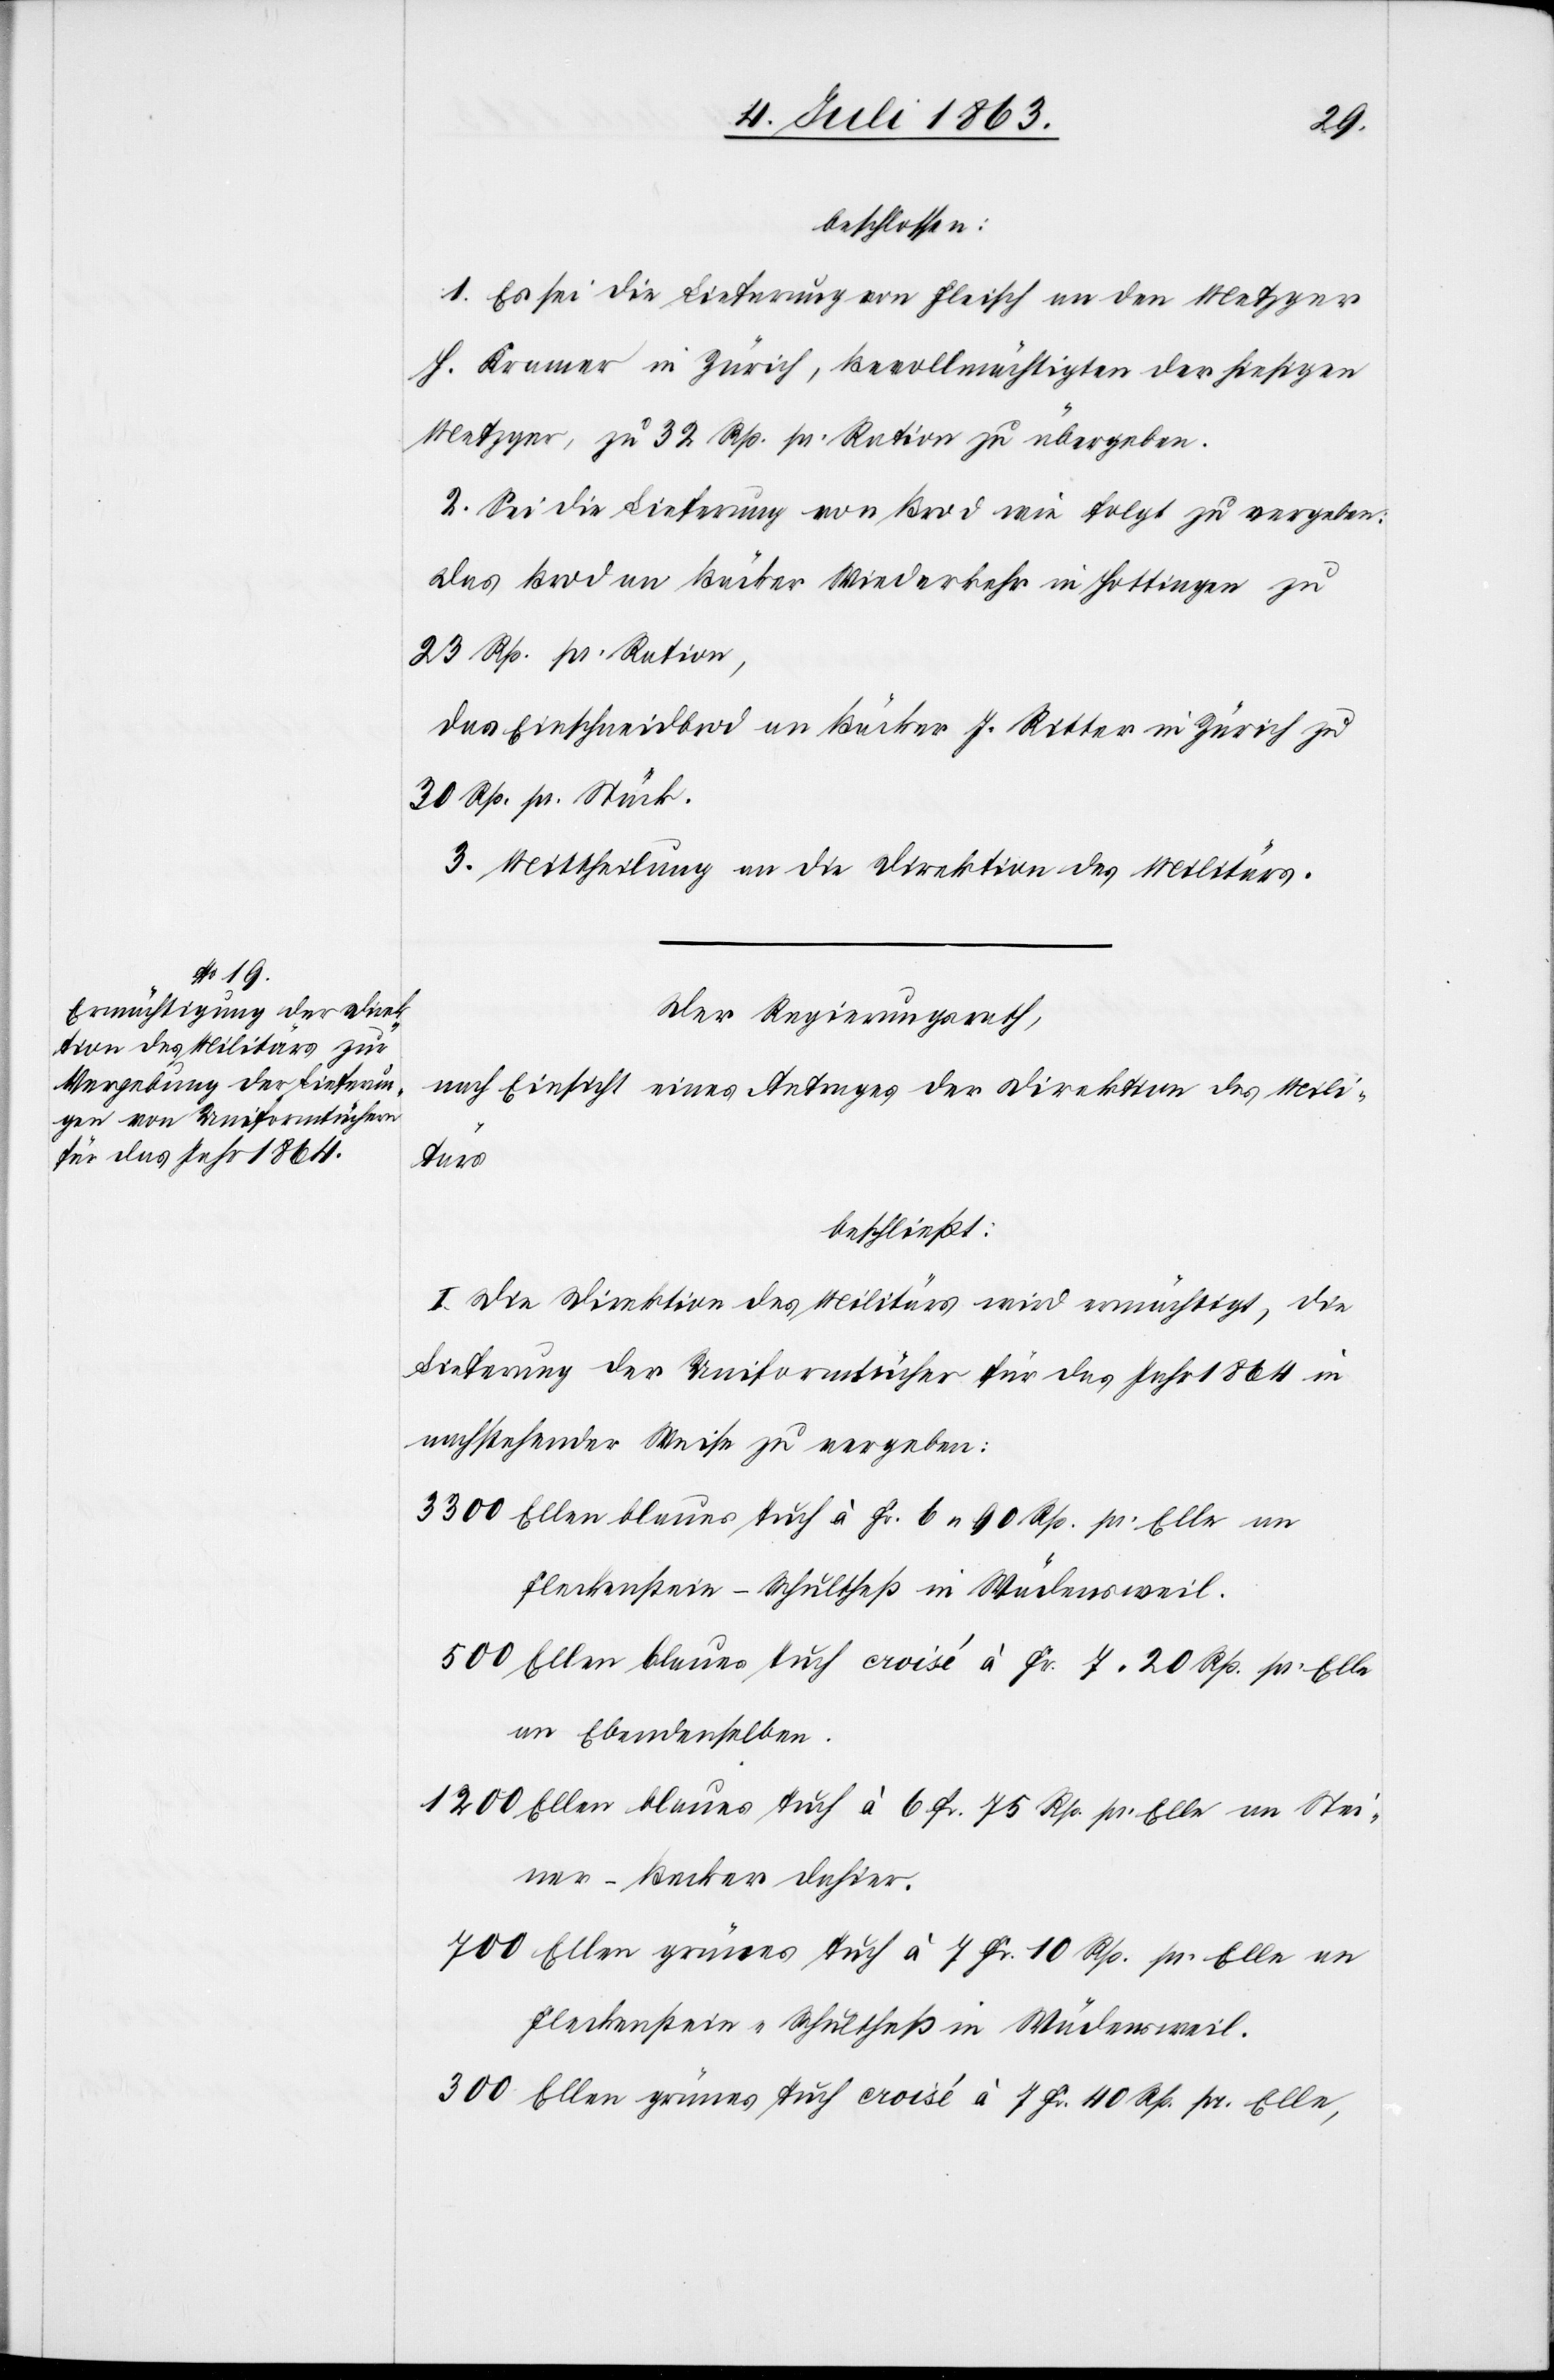
beschlossen:
1. Es sei die Lieferung von Fleisch an den Metzger
H. Kramer in Zürich, Bevollmächtigten der hiesigen
Metzger, zu 32 Rp. pr. Ration zu übergeben.
2. Sei die Lieferung von Brod wie folgt zu vergeben:
Das Brod an Bäcker Wiederkehr in Hottingen zu
23 Rp. pr. Ration,
das Einschneidbrod an Bäcker J. Ritter in Zürich zu
30 Rp. pr. Stück.
3. Mittheilung an die Direktion des Militärs.
Der Regierungsrath,
nach Einsicht eines Antrages der Direktion des Mili¬
tärs
beschließt:
I. Die Direktion des Militärs wird ermächtigt, die
Lieferung der Uniformtücher für das Jahr 1864 in
nachstehender Weise zu vergeben:
3300 Ellen blaues Tuch à Fr. 6. 90 Rp. pr. Elle an
Fleckenstein-Schultheß in Wädensweil.
500 Ellen blaues Tuch croisé à Fr. 7. 20 Rp. pr. Elle
an Ebendenselben.
1200 Ellen blaues Tuch à 6 Fr. 75 Rp. pr. Elle an Stei¬
ner-Becker dahier.
700 Ellen grünes Tuch à 7 Fr. 10 Rp. pr. Elle an
300 Ellen grünes Tuch croisé à 7 Fr. 40 Rp. pr. Elle,